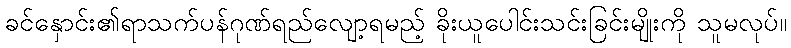
ခင်နှောင်း၏ရာသက်ပန်ဂုဏ်ရည်လျော့ရမည့် ခိုးယူပေါင်းသင်းခြင်းမျိုးကို သူမလုပ်။